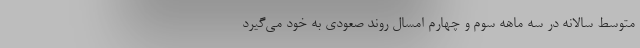
متوسط سالانه در سه ماهه سوم و چهارم امسال روند صعودی به خود می‌گیرد